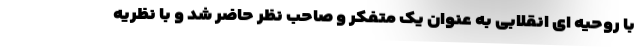
با روحیه ای انقلابی به عنوان یک متفکر و صاحب نظر حاضر شد و با نظریه